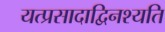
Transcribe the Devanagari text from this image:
यत्प्रसादाद्विनश्यति